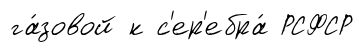
га́зовой к с'ер'ебра́ РСФСР